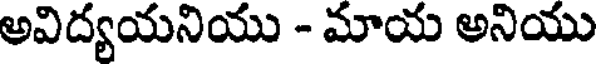
అవిద్యయనియు - మాయ అనియు